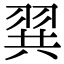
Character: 𮊾